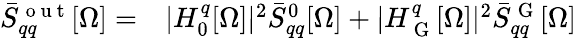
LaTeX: \begin{array}{rl}{\bar{S}_{qq}^{\mathrm{~o~u~t~}}[\Omega]=}&{{}|H_{0}^{q}[\Omega]|^{2}\bar{S}_{qq}^{0}[\Omega]+|H_{\mathrm{~G~}}^{q}[\Omega]|^{2}\bar{S}_{qq}^{\mathrm{~G~}}[\Omega]}\end{array}